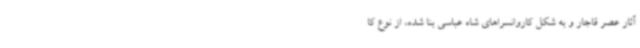
آثار عصر قاجار و به شکل کاروانسراهای شاه عباسی بنا شده، از نوع کا